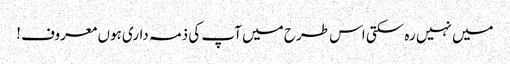
میں نہیں رہ سکتی اس طرح میں آپ کی ذمہ داری ہوں معروف !